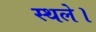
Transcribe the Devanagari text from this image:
स्थले।